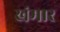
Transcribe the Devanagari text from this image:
खंमार